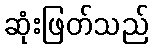
ဆုံးဖြတ်သည်